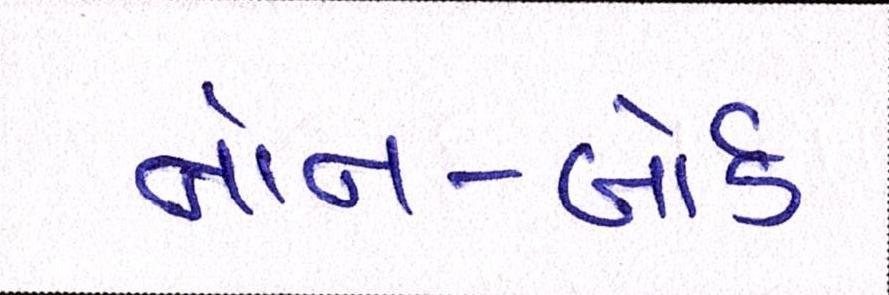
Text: નોન-બોર્ડ